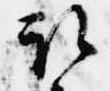
取